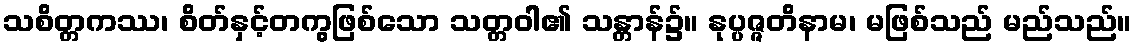
သစိတ္တကဿ၊ စိတ်နှင့်တကွဖြစ်သော သတ္တဝါ၏ သန္တာန်၌။ နုပ္ပဇ္ဇတိနာမ၊ မဖြစ်သည် မည်သည်။